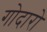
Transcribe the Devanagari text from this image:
गोदारो